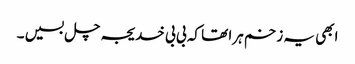
ابھی یہ زخم ہرا تھا کہ بی بی خدیجہ چل بسیں ۔